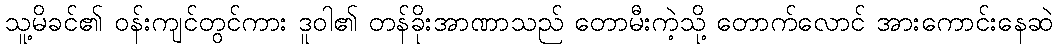
သူ့မိခင်၏ ဝန်းကျင်တွင်ကား ဒူဝါ၏ တန်ခိုးအာဏာသည် တောမီးကဲ့သို့ တောက်လောင် အားကောင်းနေဆဲ